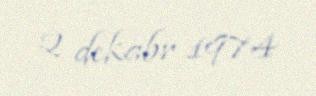
2 dekabr 1974